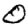
Digit: 0